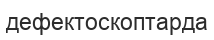
дефектоскоптарда